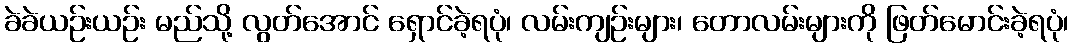
ခဲခဲယဉ်းယဉ်း မည်သို့ လွတ်အောင် ရှောင်ခဲ့ရပုံ၊ လမ်းကျဉ်းများ၊ တောလမ်းများကို ဖြတ်မောင်းခဲ့ရပုံ၊